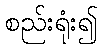
စည်းရုံး၍